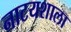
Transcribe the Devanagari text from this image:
नाटयशाला